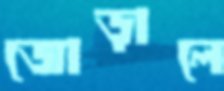
জোড়ালে